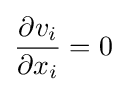
{\frac {\partial v_{i}}{\partial x_{i}}}=0